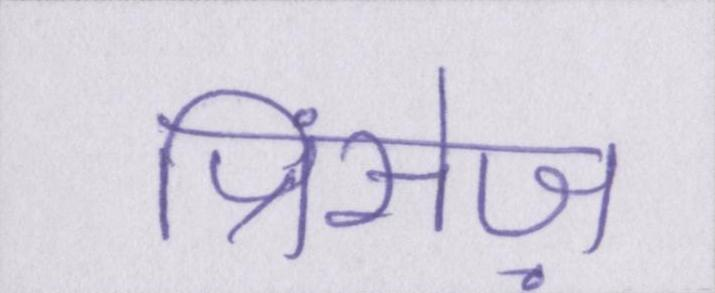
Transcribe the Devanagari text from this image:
प्रिंसेज़